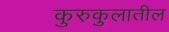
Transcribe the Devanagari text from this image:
कुरुकुलातील